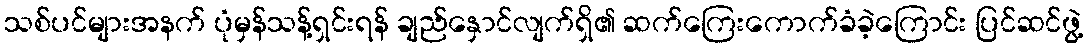
သစ်ပင်များအနက် ပုံမှန်သန့်ရှင်းရန် ချည်နှောင်လျက်ရှိ၏ ဆက်ကြေးကောက်ခံခဲ့ကြောင်း ပြင်ဆင်ဖွဲ့